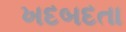
ખદબદતા